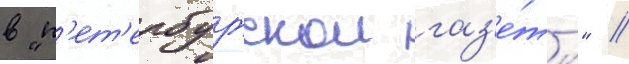
в "п'ет'ербургскои газ'е́ты" //